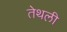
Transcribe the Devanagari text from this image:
तेथली